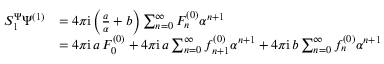
\begin{array} { r l } { S _ { 1 } ^ { \Psi } \Psi ^ { ( 1 ) } } & { = 4 \pi \mathrm { i } \left( \frac { a } { \alpha } + b \right) \sum _ { n = 0 } ^ { \infty } F _ { n } ^ { ( 0 ) } \alpha ^ { n + 1 } } \\ & { = 4 \pi \mathrm { i } \, a \, F _ { 0 } ^ { ( 0 ) } + 4 \pi \mathrm { i } \, a \sum _ { n = 0 } ^ { \infty } f _ { n + 1 } ^ { ( 0 ) } \alpha ^ { n + 1 } + 4 \pi \mathrm { i } \, b \sum _ { n = 0 } ^ { \infty } f _ { n } ^ { ( 0 ) } \alpha ^ { n + 1 } } \end{array}